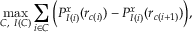
\operatorname* { m a x } _ { C , \ I ( C ) } \sum _ { i \in C } \Big ( P _ { I ( i ) } ^ { x } ( r _ { c ( i ) } ) - P _ { I ( i ) } ^ { x } ( r _ { c ( i + 1 ) } ) \Big ) ,